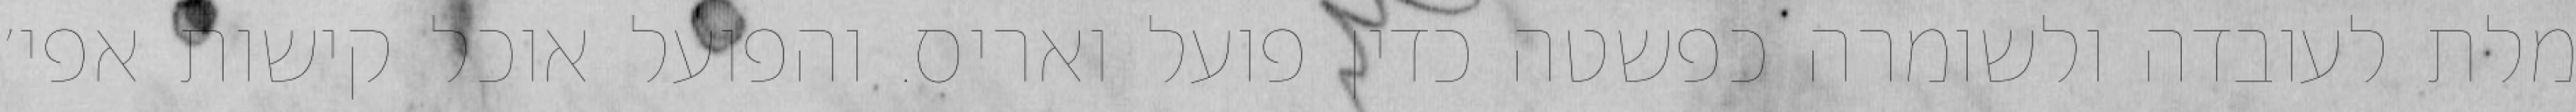
מלת לעובדה ולשומרה כפשטה כדין פועל ואריס. והפועל אוכל קישות אפי׳